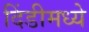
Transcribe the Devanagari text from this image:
दिंडीमध्ये